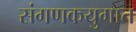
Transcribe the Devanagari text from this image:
संगणकयुगात